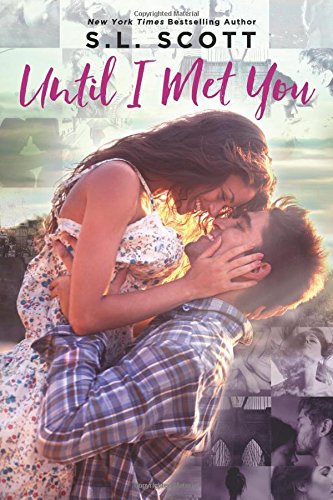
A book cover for Until I Met You; S. L. Scott; Romance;